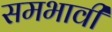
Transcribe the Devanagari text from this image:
समभावी